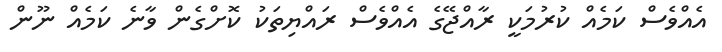
އެއްވެސް ކަމެއް ކުރުމަކީ ރާއްޖޭގެ އެއްވެސް ރައްޔިތަކު ކޮށްގެން ވާނެ ކަމެއް ނޫން